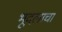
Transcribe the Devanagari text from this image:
भूदलाचा